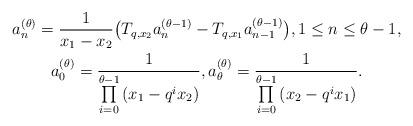
LaTeX: \begin{gather*}a_n^{(\theta)} = \frac{1}{x_1 - x_2} \big( T_{q, x_2} a_n^{(\theta - 1)} - T_{q, x_1} a_{n-1}^{(\theta - 1)} \big), 1\leq n\leq \theta-1,\\a_0^{(\theta)} = \frac{1}{\prod\limits_{i=0}^{\theta - 1}{(x_1 - q^i x_2)}}, a_{\theta}^{(\theta)} = \frac{1}{\prod\limits_{i=0}^{\theta - 1}{(x_2 - q^i x_1)}}.\end{gather*}